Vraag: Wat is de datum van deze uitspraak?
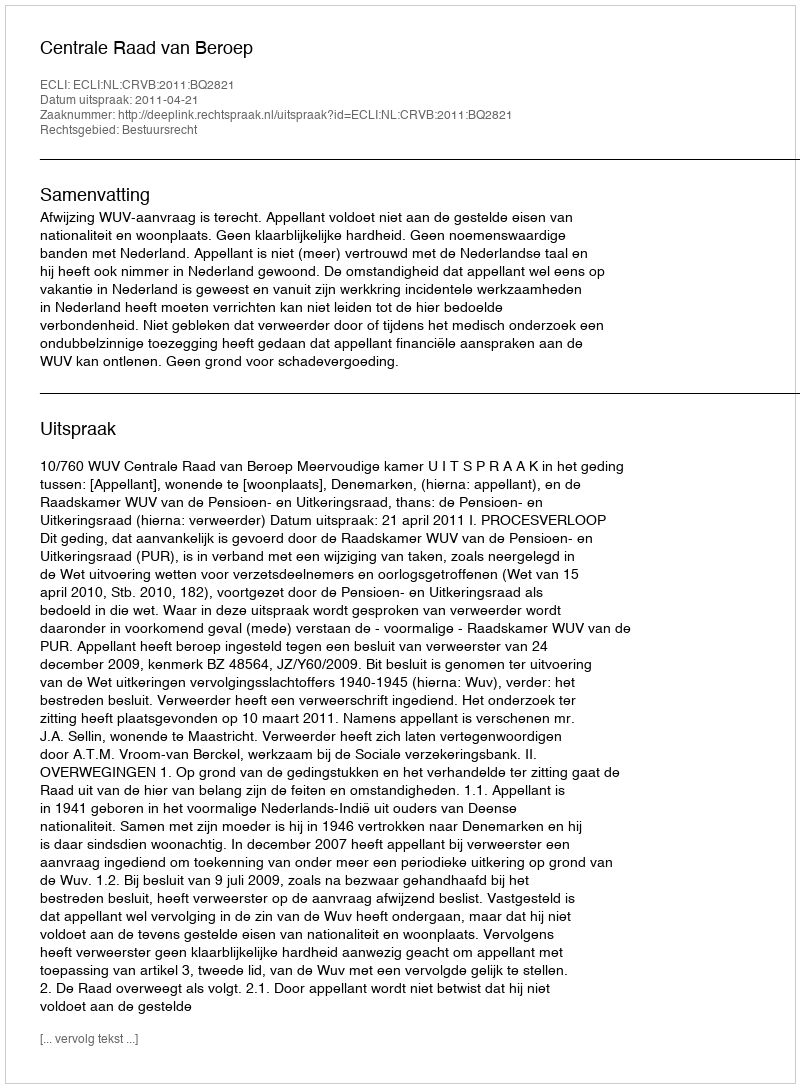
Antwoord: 2011-04-21